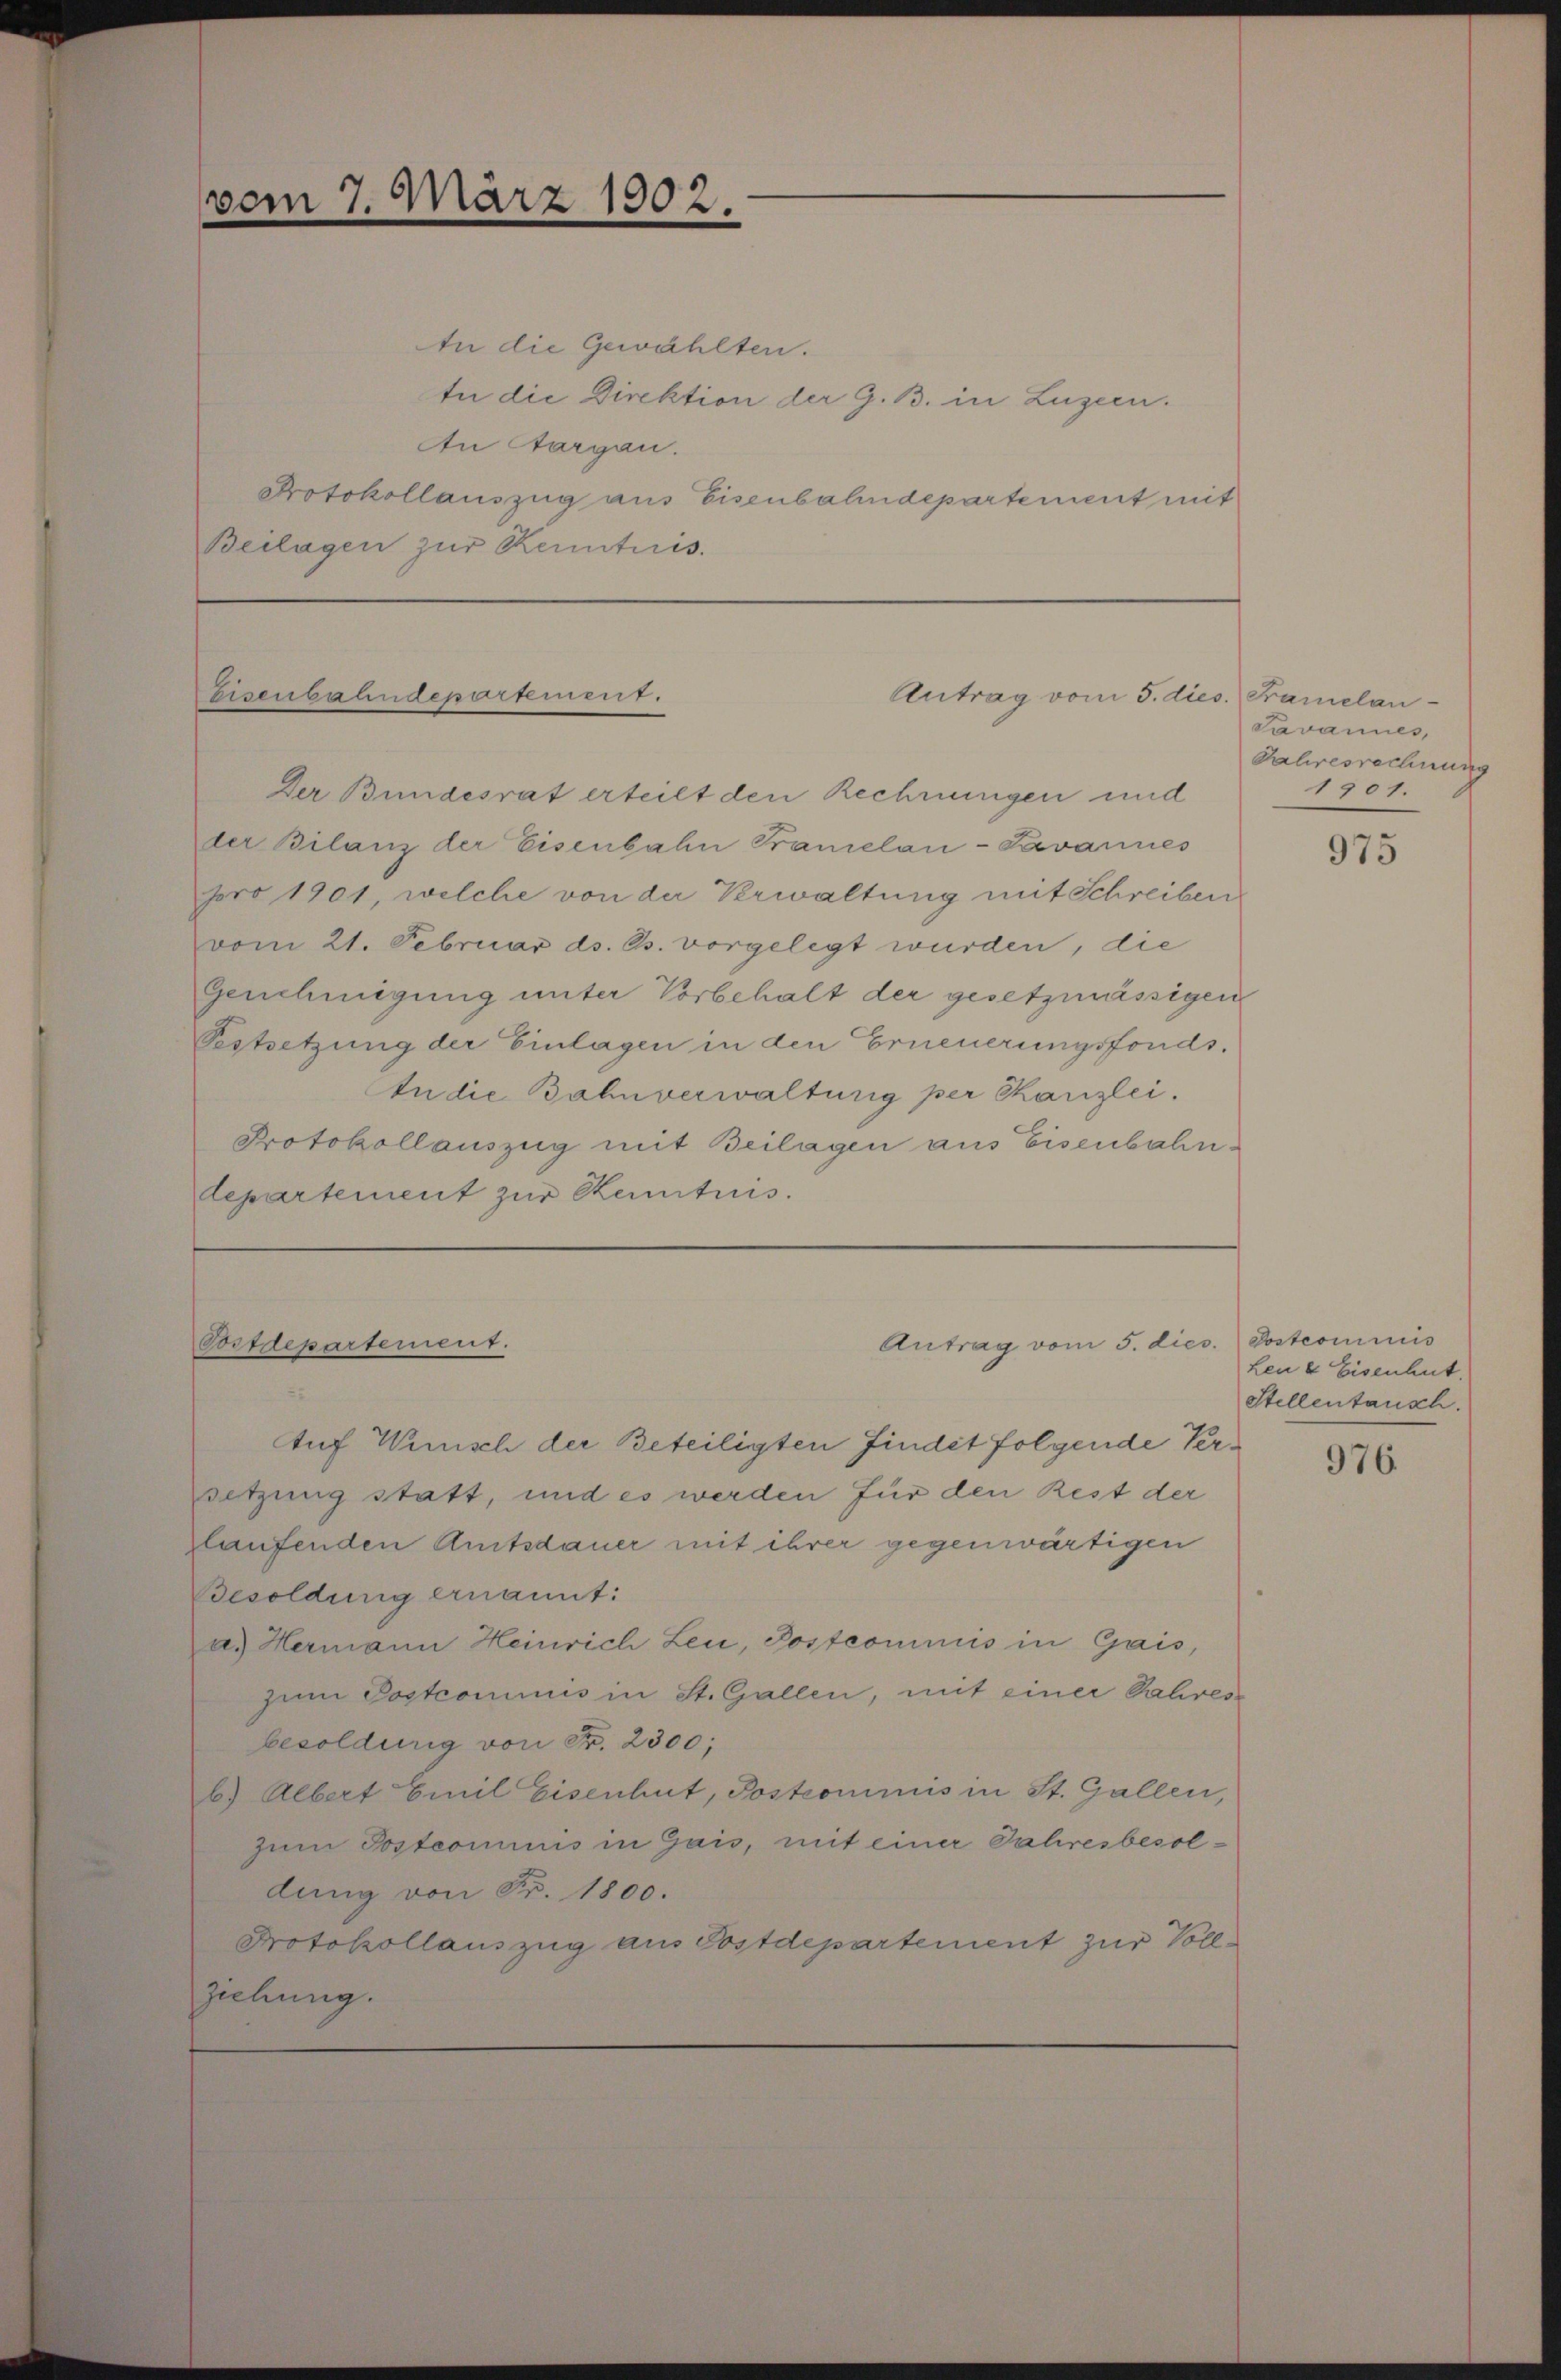
vom 7. März 1902.

An die Gewählten.
te die Direktion der G. B. in Luzern.
An Aargau.
Protokollauszug aus Eisenbahndepartement mit
Beilagen zur Kenntnis.

Eisenbahndepartement.

Der Bundesrat erteilt den Rechnungen und
der Bilanz der Eisenbahn Tramelan-Pavannes
pro 1901, welche von der Verwaltung mit Schreiben
vom 21. Februar ds. B. vorgelegt wurden, die
Genehmigung unter Vorbehalt der gesetzmässigen
Pestsetzung der Einlagen in den Erneuerungsfonds.
tn die Bahnverwaltung per Kanzlei.
Protokollauszug mit Beilagen aus Eisenbahndepartement zur Kenntnis.

Postdepartement.

Antrag vom 5. dies

Antrag vom 5. dies. Postcommis

Auf Winisch der Beteiligten findet folgende Versetzung statt, und es werden für den Rest der
zlaufenden Amtsdauer mit ihrer gegenwärtigen
Besoldung ernannt:
a. Hermann Heinrich Leu, Postcommis in Gais,
zum Postcommis in St. Gallen, mit einer Jahres
besoldung von Fr. 2300;
b) Albert Emil Eisenhut, Postcommis in St. Gallen,
zum Postcommis in Gais, mit einer Jahresbesoldung von Fr. 1800.
Protokollauszug aus Postdepartement zur Vollziehung.

Framelan-
Javannes,
Jahresrechnung
1901.

975

Leu & Eisenhut.
Stellentausch.

976